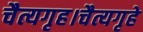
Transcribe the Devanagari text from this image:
चैत्यगृह।चैत्यगृहे